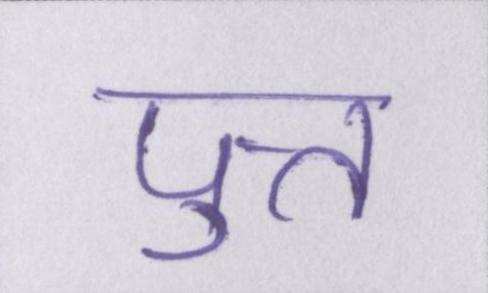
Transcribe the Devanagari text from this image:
पुत्त